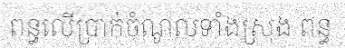
ពន្ធលើប្រាក់ចំណូលទាំងស្រុង ពន្ធ